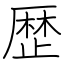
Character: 歴